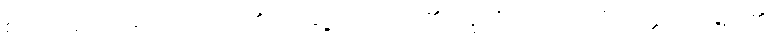
စိတ်ကိုရုပ်သိမ်းထား တတ်၏။ ဝါ၊ ချုံ့ထားတတ်၏။ ဣတိ၊ ကြောင့်။ ဝိသတ္တိကာ၊ မည်၏။